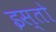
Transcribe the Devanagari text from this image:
इस्तो